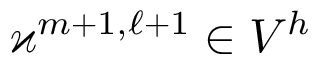
\varkappa ^ { m + 1 , \ell + 1 } \in V ^ { h }